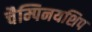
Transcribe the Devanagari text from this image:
चैम्पिनयशिप